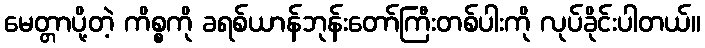
မေတ္တာပို့တဲ့ ကိစ္စကို ခရစ်ယာန်ဘုန်းတော်ကြီးတစ်ပါးကို လုပ်ခိုင်းပါတယ်။